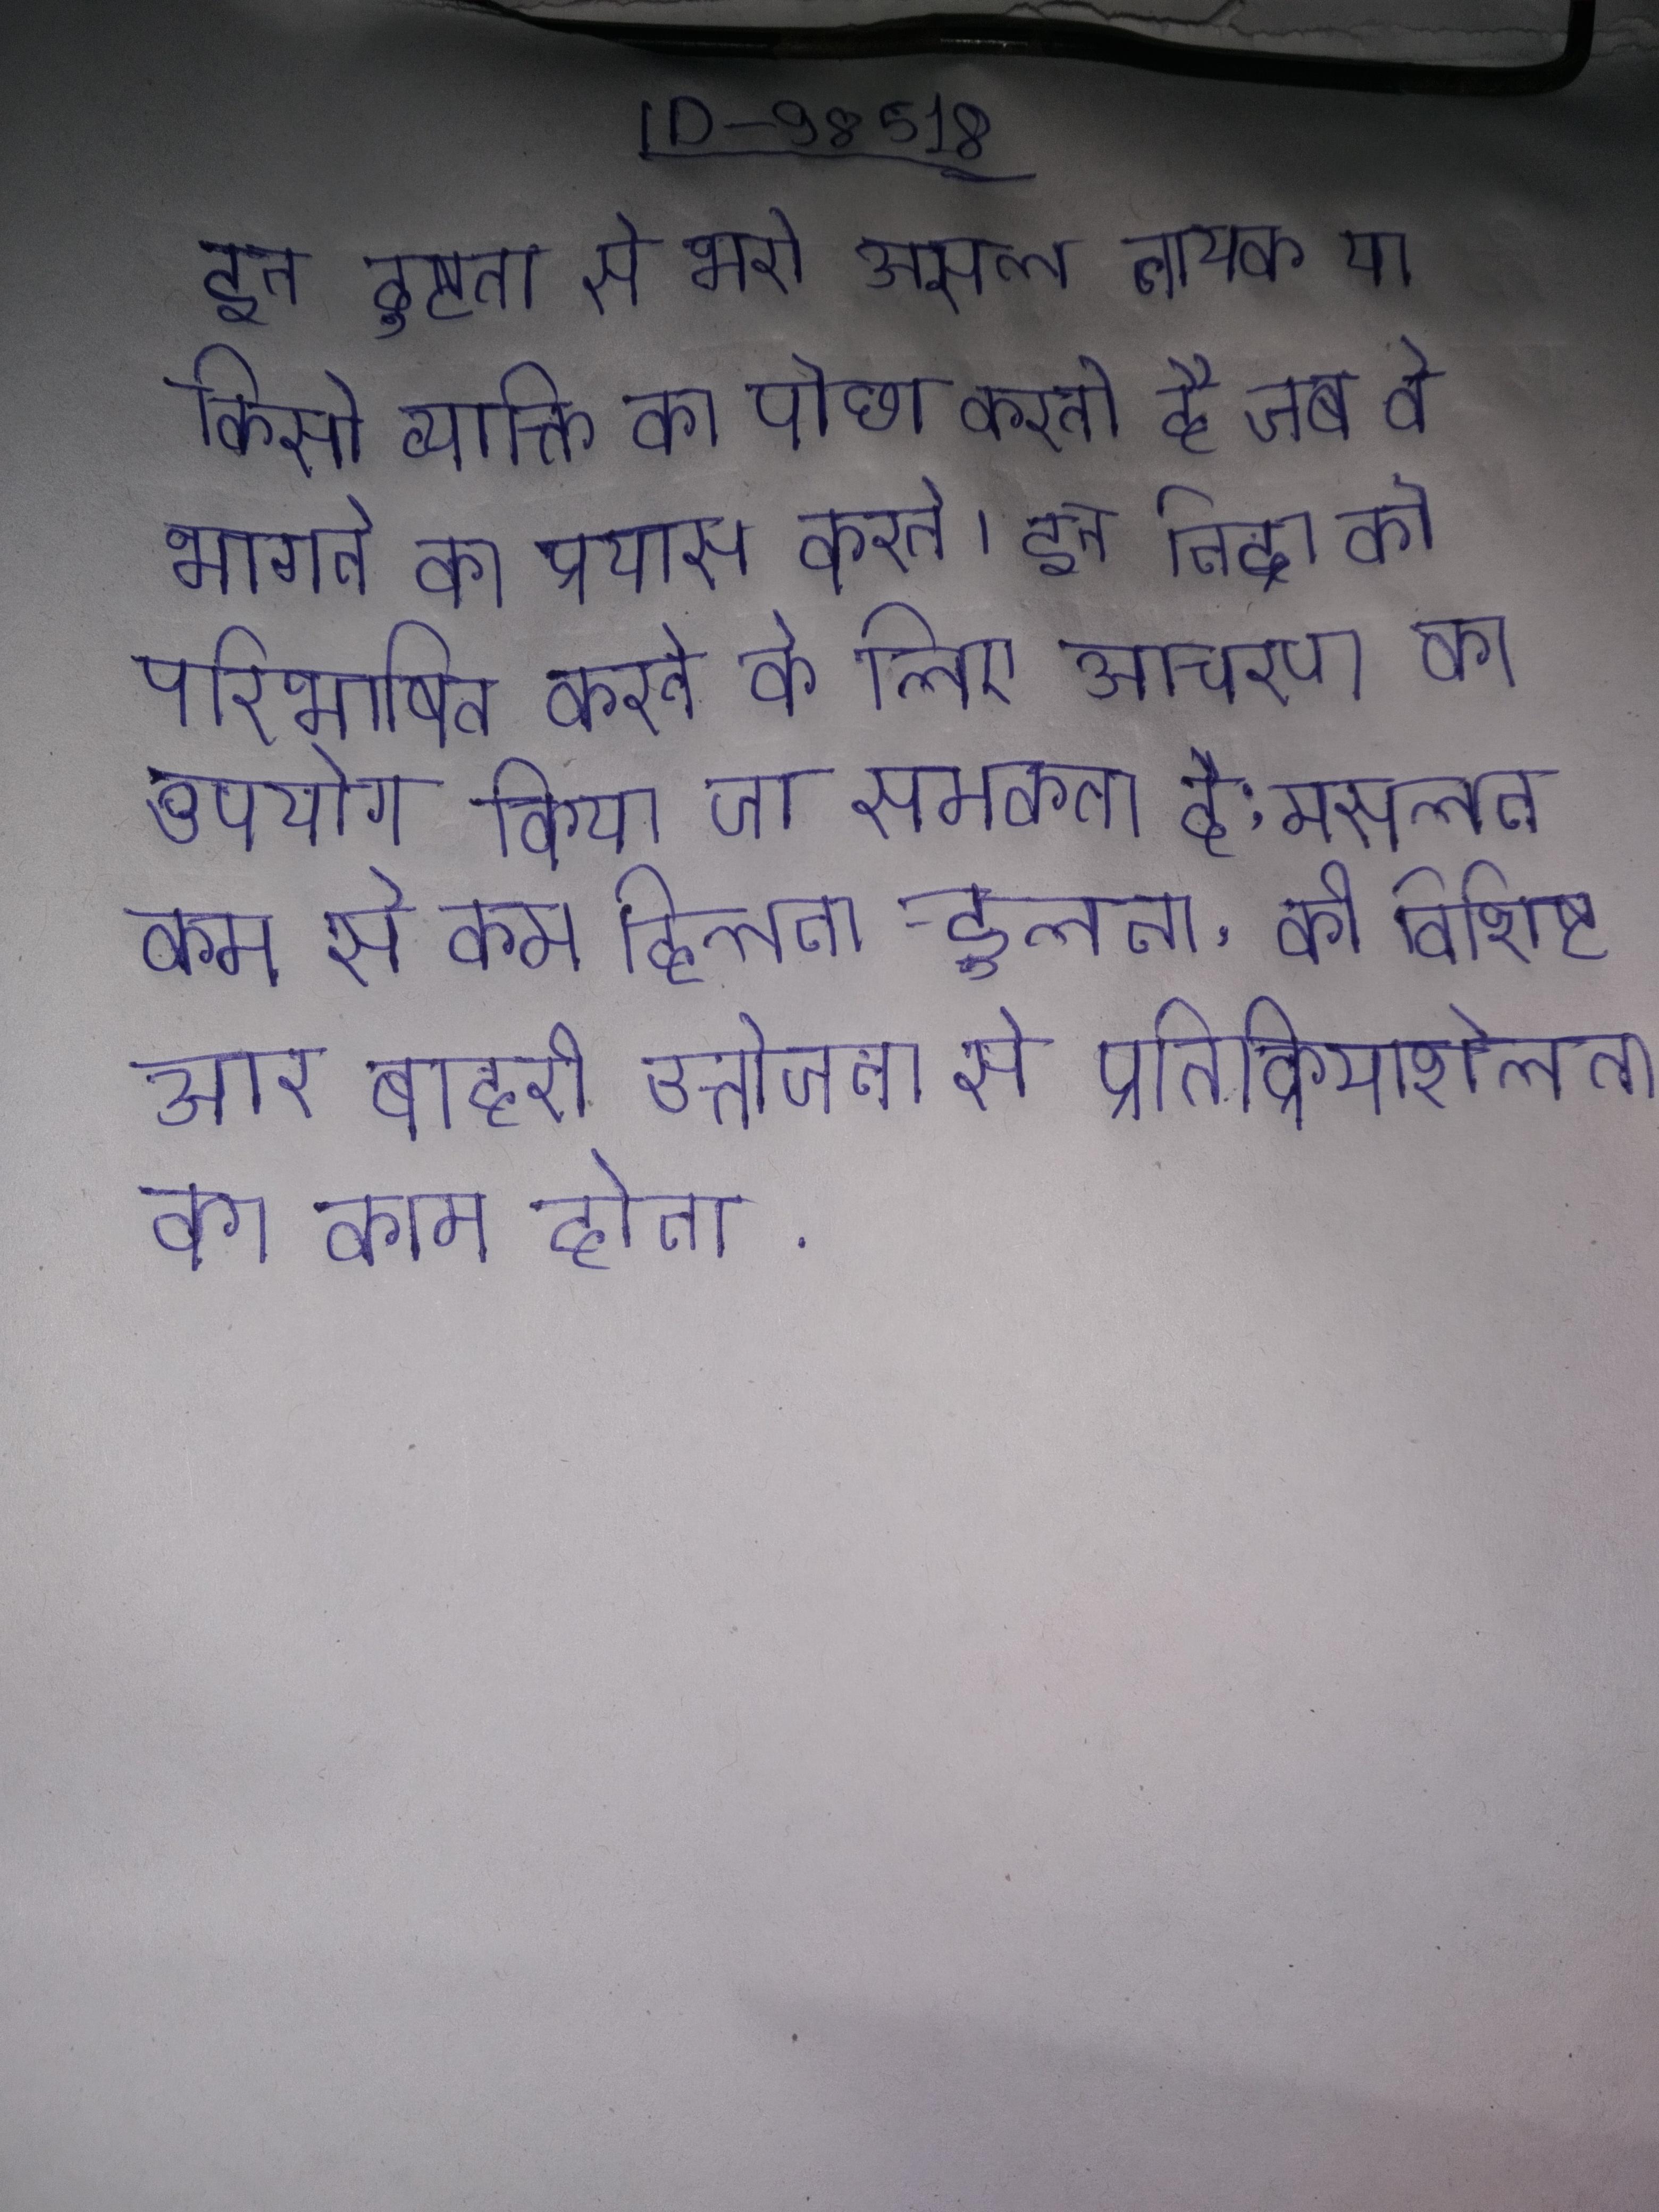
इन दुष्टता से भरी असल नायक या किसी व्यक्ति का पीछा करती है जब वे भागने का प्रयास करते । इन निद्रा को परिभाषित करने के लिए आचरण का उपयोग किया जा समकता है; मसलन, कम से कम हिलना-डुलना, की विशिष्ट और बाहरी उत्तेजना से प्रतिक्रियाशीलता का काम होना .